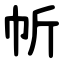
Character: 㠼